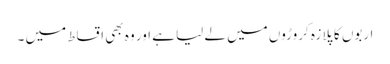
اربوں کا پلازہ کروڑوں میں لے لیا ہے اور وہ بھی اقساط میں ۔